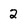
Character: 2